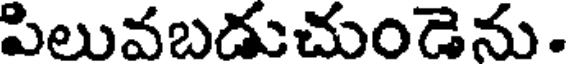
పిలువబడుచుండెను.